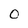
Character: O